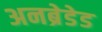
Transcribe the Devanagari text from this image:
अनब्रेडेड